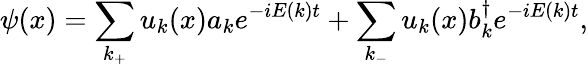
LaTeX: \psi(x)=\sum_{k_{+}}u_{k}(x)a_{k}e^{-iE(k)t}+\sum_{k_{-}}u_{k}(x)b_{k}^{\dagger}e^{-iE(k)t},